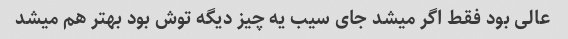
عالی بود فقط اگر میشد جای سیب یه چیز دیگه توش بود بهتر هم میشد